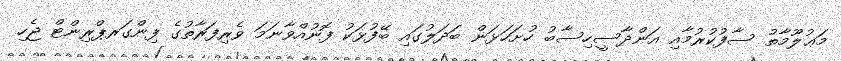
މަޢުލޫމާތު ސާފުކުރުމާއި އަންދާސީހިސާބު ހުށަހަޅަން ބަދަލުގައި ބޭފުޅަކު ފޮނުއްވާނަމަ ވެރިފަރާތުގެ ފިންގަރޕްރިންޓް ޖެހި